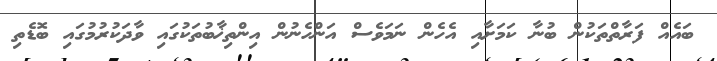
ބައެއް ފަރާތްތަކުން ބުނާ ކަމަށާއި އެހެން ނަމަވެސް އަންހެނުން އިންތިޚާބުތަކުގައި ވާދަކުރުމުގައި ބޮޑެތި